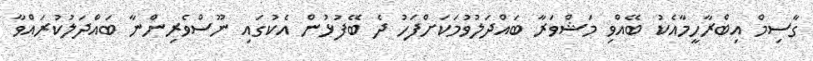
ގާސިމް އިބްރާހީމާއެކު ބޭއްވި މަޝްވަރާ ބައްދަލުވުމަކަށްފަހު ދެ ބޭފުޅުން އެކުގައި ނޫސްވެރިންނާ ބައްދަލުކުރައްވާ